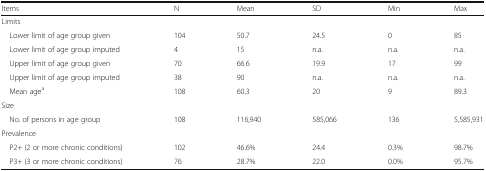
<table><thead><tr><td><b>Items</b></td><td><b>N</b></td><td><b>Mean</b></td><td><b>SD</b></td><td><b>Min</b></td><td><b>Max</b></td></tr></thead><tbody><tr><td colspan="6">Limits</td></tr><tr><td> Lower limit of age group given</td><td>104</td><td>50.7</td><td>24.5</td><td>0</td><td>85</td></tr><tr><td> Lower limit of age group imputed</td><td>4</td><td>15</td><td>n.a.</td><td>n.a.</td><td>n.a.</td></tr><tr><td> Upper limit of age group given</td><td>70</td><td>66.6</td><td>19.9</td><td>17</td><td>99</td></tr><tr><td> Upper limit of age group imputed</td><td>38</td><td>90</td><td>n.a.</td><td>n.a.</td><td>n.a.</td></tr><tr><td> Mean age<sup>a</sup></td><td>108</td><td>60.3</td><td>20</td><td>9</td><td>89.3</td></tr><tr><td colspan="6">Size</td></tr><tr><td> No. of persons in age group</td><td>108</td><td>116,940</td><td>585,066</td><td>136</td><td>5,585,931</td></tr><tr><td colspan="6">Prevalence</td></tr><tr><td> P2+ (2 or more chronic conditions)</td><td>102</td><td>46.6%</td><td>24.4</td><td>0.3%</td><td>98.7%</td></tr><tr><td> P3+ (3 or more chronic conditions)</td><td>76</td><td>28.7%</td><td>22.0</td><td>0.0%</td><td>95.7%</td></tr></tbody></table>